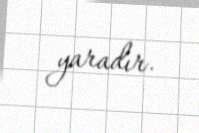
yaradır.